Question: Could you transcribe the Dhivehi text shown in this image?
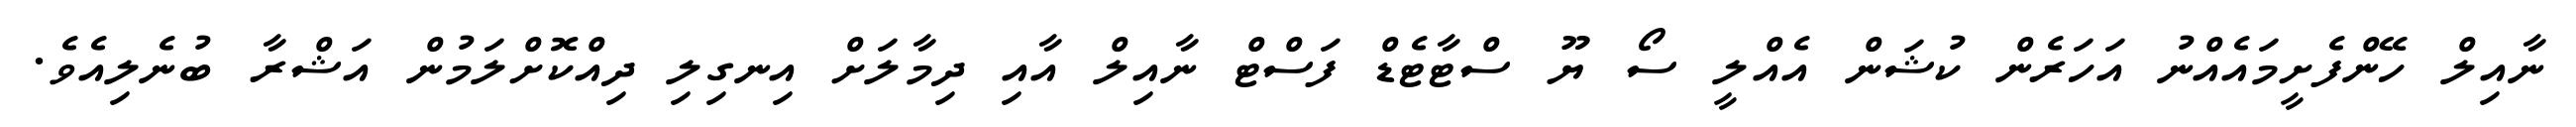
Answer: ނާއިލް ހޭންފެށީމައެއްނު އަހަރެން ކުޝަން އެއްލީ ސޯ ޔޫ ސްޓާޓެޑް ފަސްޓް ނާއިލް އާއި ދިމާލަށް އިނގިލި ދިއްކޮށްލަމުން އަޝްރާ ބުނެލިއެވެ.